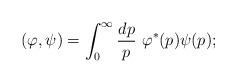
LaTeX: \begin{align*}(\varphi,\psi) = \int_0^\infty\frac{dp}{p}\ \varphi^*(p)\psi(p);\end{align*}